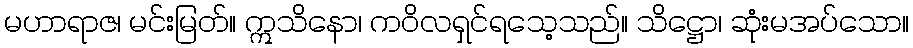
မဟာရာဇ၊ မင်းမြတ်။ ဣသိနော၊ ကဝိလရှင်ရသေ့သည်။ သိဋ္ဌော၊ ဆုံးမအပ်သော။